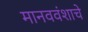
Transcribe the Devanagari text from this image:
मानववंशाचे